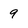
Character: 9